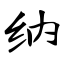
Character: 纳